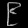
Digit: ၉